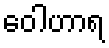
ဝေါဟာရ